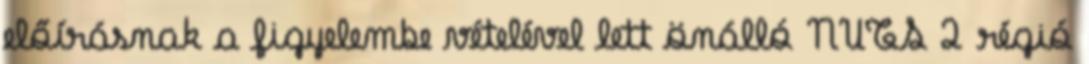
előírásnak a figyelembe vételével lett önálló NUTS 2 régió